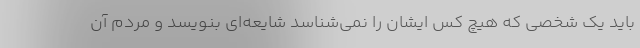
باید یک شخصی که هیچ کس ایشان را نمی‌شناسد شایعه‌ای بنویسد و مردم آن